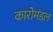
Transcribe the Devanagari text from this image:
कारोमंडल